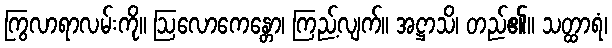
ကြွလာရာလမ်းကို။ ဩလောကေန္တော၊ ကြည့်လျက်။ အဋ္ဌာသိ၊ တည်၏။ သတ္ထာရံ၊